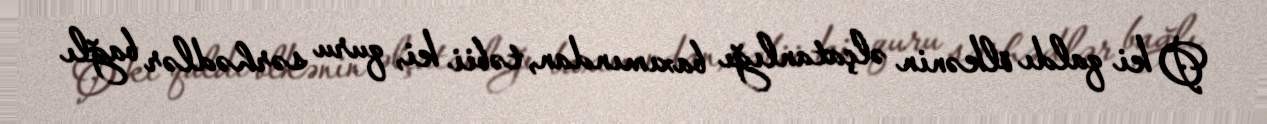
O ki qaldı ölkənin əlçatanlığı baxımından, təbii ki, quru sərhədlər bağlı